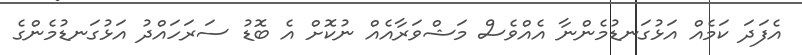
އެފަދަ ކަމެއް އަޅުގަނޑުމެންނާ އެއްވެސް މަޝްވަރާއެއް ނުކޮށް އެ ބޮޑު ސަރަހައްދު އަޅުގަނޑުމެންގެ